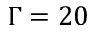
\Gamma = 2 0